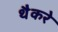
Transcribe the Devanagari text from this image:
थैैकरे